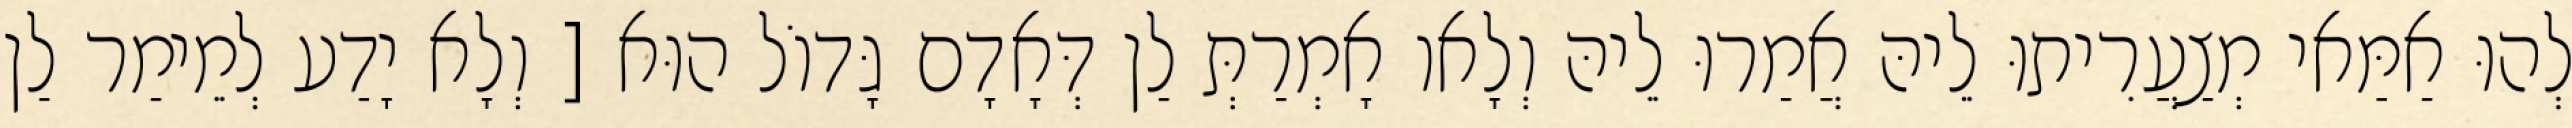
לְהוּ אַמַּאי מְצַעֲרִיתוּ לֵיהּ אֲמַרוּ לֵיהּ וְלָאו אָמְרַתְּ לַן דְּאָדָם גָּדוֹל הוּא [ וְלָא יָדַע לְמֵימַר לַן